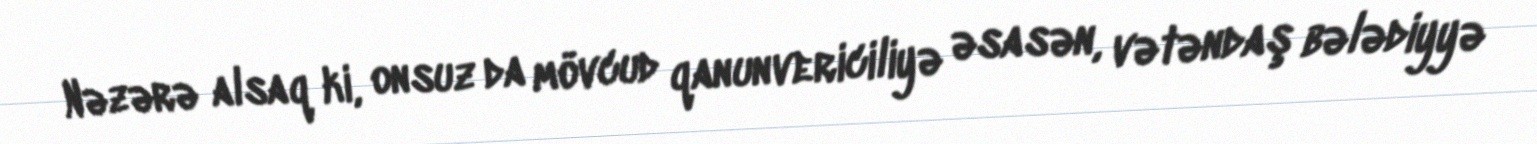
Nəzərə alsaq ki, onsuz da mövcud qanunvericiliyə əsasən, vətəndaş bələdiyyə